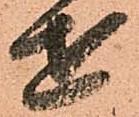
せ